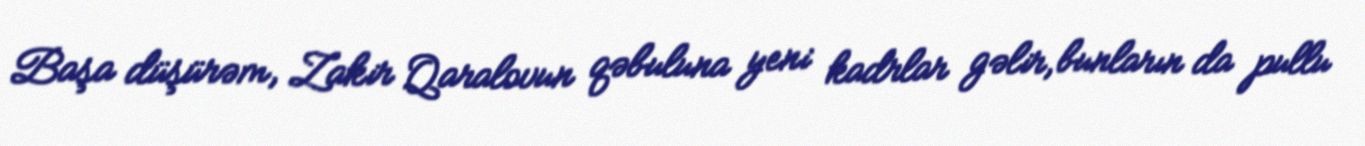
Başa düşürəm, Zakir Qaralovun qəbuluna yeni kadrlar gəlir, bunların da pullu